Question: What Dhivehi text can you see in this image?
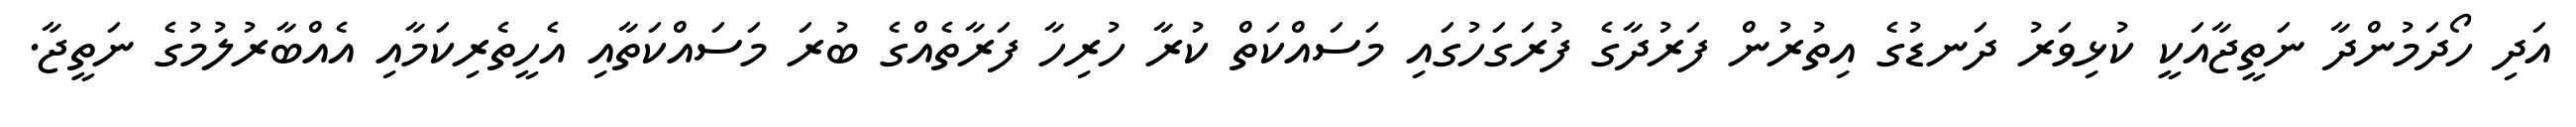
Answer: އަދި ހޯދަމުންދާ ނަތީޖާއަކީ ކުޅިވަރު ދަނޑުގެ އިތުރުން ފަރުދާގެ ފުރަގަހުގައި މަސައްކަތް ކުރާ ހުރިހާ ފަރާތެއްގެ ބުރަ މަސައްކަތާއި އެހީތެރިކަމާއި އެއްބާރުލުމުގެ ނަތީޖާ.